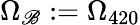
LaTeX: \Omega_{\mathscr{B}}:=\Omega_{420}